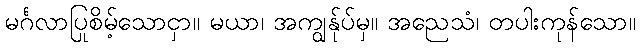
မင်္ဂလာပြုစိမ့်သောငှာ။ မယာ၊ အကျွန်ုပ်မှ။ အညေသံ၊ တပါးကုန်သော။